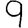
Digit: 9